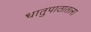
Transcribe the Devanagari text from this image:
धातुपाठातला